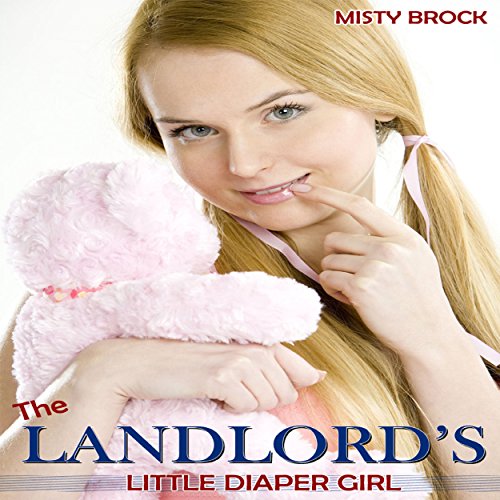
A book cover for The Landlord's Little Diaper Girl: ABDL Age Play Erotic Romance; Misty Brock; Literature & Fiction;